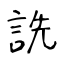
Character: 詵